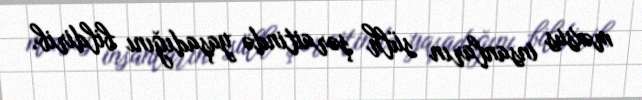
məxsus insanların sülh şəraitində yaşadığını bildirib.